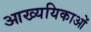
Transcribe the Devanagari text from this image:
आख्ययिकाओं